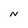
Character: N